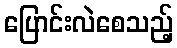
ပြောင်းလဲစေသည့်